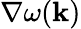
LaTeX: \nabla\omega({\mathbf{k}})